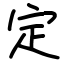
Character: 定